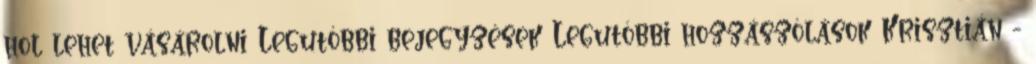
hol lehet vásárolni Legutóbbi bejegyzések Legutóbbi hozzászólások Krisztián -